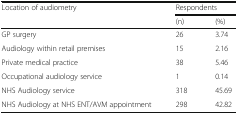
<table><thead><tr><td rowspan="2"><b>Location of audiometry</b></td><td colspan="2"><b>Respondents</b></td></tr><tr><td><b>(n)</b></td><td><b>(%)</b></td></tr></thead><tbody><tr><td>GP surgery</td><td>26</td><td>3.74</td></tr><tr><td>Audiology within retail premises</td><td>15</td><td>2.16</td></tr><tr><td>Private medical practice</td><td>38</td><td>5.46</td></tr><tr><td>Occupational audiology service</td><td>1</td><td>0.14</td></tr><tr><td>NHS Audiology service</td><td>318</td><td>45.69</td></tr><tr><td>NHS Audiology at NHS ENT/AVM appointment</td><td>298</td><td>42.82</td></tr></tbody></table>